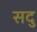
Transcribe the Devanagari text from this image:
सदु